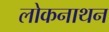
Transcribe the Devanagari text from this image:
लोकनाथन